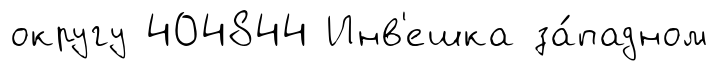
округу 404844 Инв'ешка за́падном